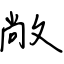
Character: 敞